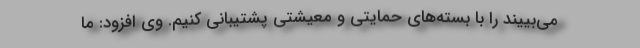
می‌بییند را با بسته‌های حمایتی و معیشتی پشتیبانی کنیم. وی افزود: ما